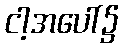
ငါ့အပေါ်၌